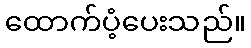
ထောက်ပံ့ပေးသည်။